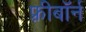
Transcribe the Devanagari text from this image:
फ़्रीबॉर्न